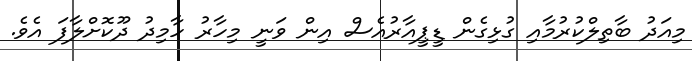
މިއަދު ބާތިލްކުރުމާއި ގުޅިގެން ޑީޕީއާރުއެސް އިން ވަނީ މިހާރު ހާމިދު ދޫކޮށްލާފަ އެވެ.